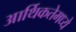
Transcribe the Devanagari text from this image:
आर्थिकतेमध्ये